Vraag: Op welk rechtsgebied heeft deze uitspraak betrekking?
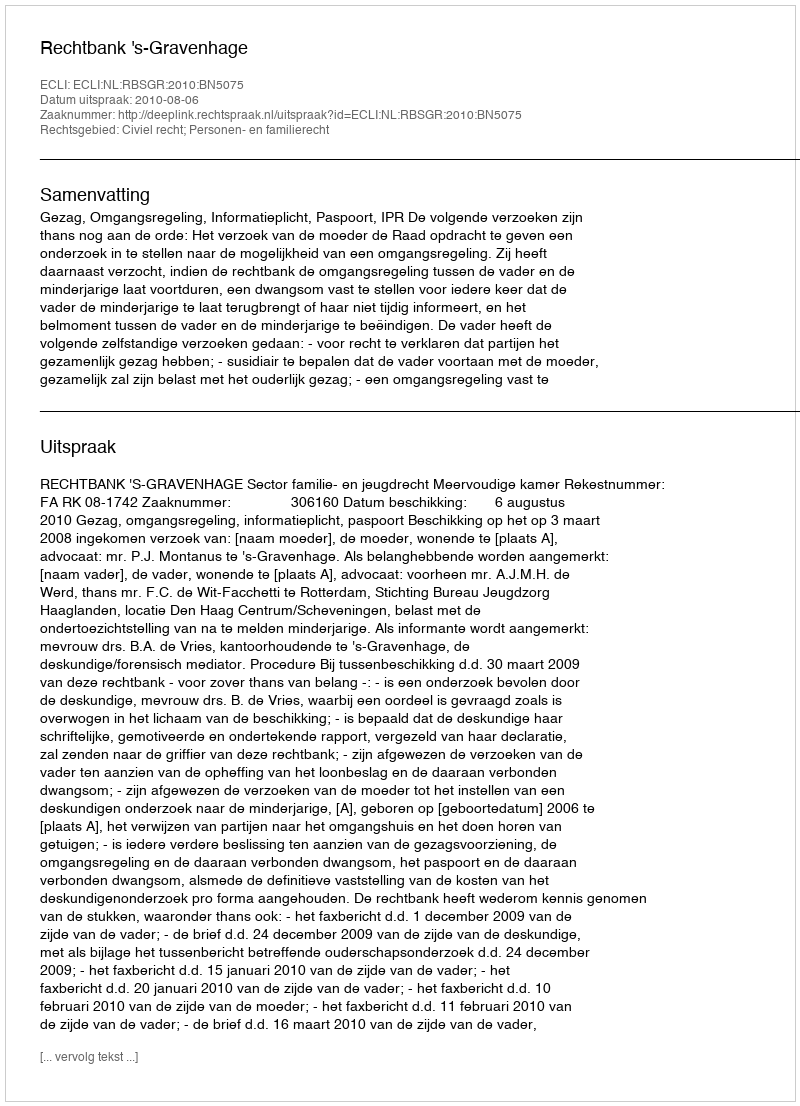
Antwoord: Civiel recht; Personen- en familierecht